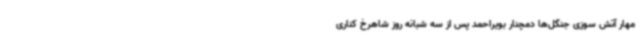
مهار آتش سوزی جنگل‌ها دمچنار بویراحمد پس از سه شبانه روز شاهرخ کناری